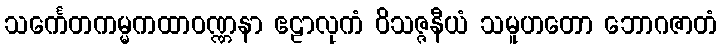
သင်္ကေတကမ္မကထာဝဏ္ဏနာ ဧဠာလုကံ ဝိသဇ္ဇနီယံ သမူဟတော ဘောဂဇာတံ